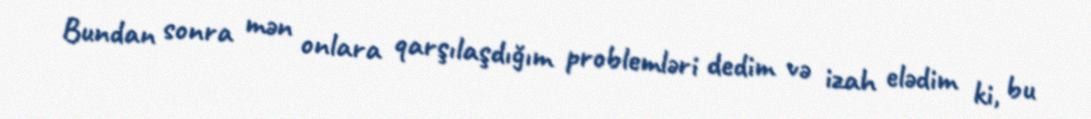
Bundan sonra mən onlara qarşılaşdığım problemləri dedim və izah elədim ki, bu